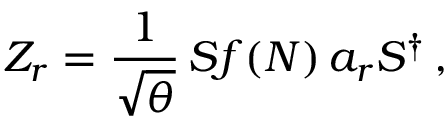
Z _ { r } = \frac { 1 } { \sqrt { \theta } } \, S f ( N ) \, a _ { r } S ^ { \dagger } \, ,